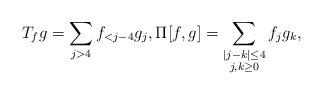
LaTeX: \begin{align*}T_fg = \sum\limits_{j>4}f_{<j-4}g_j,\Pi[f,g] = \sum\limits_{\substack{|j-k|\leq 4\\j,k\geq0}}f_jg_k,\end{align*}